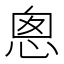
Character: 悤